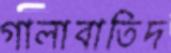
গালাবাতিদ